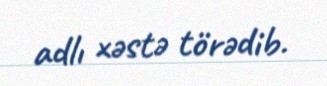
adlı xəstə törədib.